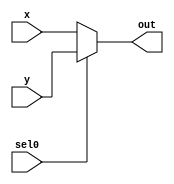
// 2-to-1 MUX
// for shifting control
module mux_21(out, x, y, sel0);
    output out;
    input  x, y, sel0;

    reg out;

    always @(x or y or sel0) begin
        if      (sel0 == 0) out = x;
        else if (sel0 == 1) out = y;
        else                out = 1'bx;
    end        
endmodule

// 3-to-1 MUX
// for shifting parameters
module mux_31(out, x, y, z, sel0, sel1);
    output out;
    
    // input x, y, z
    // sel0 for x | (y, z) -- shift on/off
    // sel1 for y , z      -- shifting direction
    input  x, y, z, sel0, sel1;
     
    reg    out;
     
    always @(x or y or z or sel0 or sel1) begin
        if (sel1 == 0) begin
           if      (sel0 == 0) out = x;
           else if (sel0 == 1) out = y;
           else                out = 1'bx;
        end
        else if (sel1 == 1) begin
            if      (sel0 == 0) out = x;
            else if (sel0 == 1) out = z;
            else                out = 1'bx;
        end
        else out = 1'bx;
    end
endmodule

// 16bit left/right shifter
// out:    output
// x:      input
// shift:  amount of shift
// as:     arith/logic shift switch
// dir:    direction 0=left otherwise right
// rotate: enable/disable rotate
module shifter_16b_top(out, x, shift, as, dir, rotate);
    output [15:0] out;
    
    input  [15:0] x;
    input  [3:0]  shift;
    input  as, dir, rotate;
    
    // wires for each shift/rotate selection
    wire   [1:0]  s1_m;
    wire   [3:0]  s2_m;
    wire   [7:0]  s3_m;

    // wires for each mux31 stage
    wire   [15:0] s1, s2, s3, out;
    
    // begin generation
    genvar idx;
    
    // MUX Stage 1
    mux_21 m21_1asr (.out(s1_m[0]), .x(1'b0), .y(x[15]), .sel0(rotate));
    mux_31 m31_1a   (.out(s1[0]),   .x(x[0]), .y(s1_m[0]), .z(x[1]), .sel0(shift[0]), .sel1(dir));
    
    generate
       for (idx = 1; idx < 15; idx = idx + 1) begin : mux_s1
             mux_31 _m31(.out(s1[idx]), .x(x[idx]), .y(x[idx-1]), .z(x[idx+1]), .sel0(shift[0]), .sel1(dir)); 
         end
    endgenerate
    
    mux_21 m21_1bsr (.out(s1_m[1]), .x(as) , .y(x[0]),  .sel0(rotate));
    mux_31 m31_1b   (.out(s1[15]) , .x(x[15]), .y(x[14]), .z(s1_m[1]), .sel0(shift[0]), .sel1(dir));
    
    // MUX Stage 2
    mux_21 m21_2asr(.out(s2_m[0]), .x(1'b0), .y(s1[14]), .sel0(rotate));
    mux_31 m31_2a  (.out(s2[0]), .x(s1[0]), .y(1'b0), .z(s1[2]), .sel0(shift[1]), .sel1(dir));
    
    mux_31 m31_2b(.out(s2[1]), .x(s1[1]), .y(1'b0), .z(s1[3]), .sel0(shift[1]), .sel1(dir));
    
    generate
       for (idx = 2; idx < 14; idx = idx + 1) begin : mux_s2
             mux_31 _m31(.out(s2[idx]), .x(s1[idx]), .y(s1[idx-2]), .z(s1[idx+2]), .sel0(shift[1]), .sel1(dir)); 
         end
    endgenerate
    
    mux_31 m31_2c(.out(s2[14]), .x(s1[14]), .y(s1[12]), .z(1'b1), .sel0(shift[1]), .sel1(dir));
    mux_31 m31_2d(.out(s2[15]), .x(s1[15]), .y(s1[13]), .z(1'b1), .sel0(shift[1]), .sel1(dir));
    
    // MUX Stage 3
    mux_31 m31_3a(.out(s3[0]), .x(s2[0]), .y(1'b0), .z(s2[4]), .sel0(shift[2]), .sel1(dir));
    mux_31 m31_3b(.out(s3[1]), .x(s2[1]), .y(1'b0), .z(s2[5]), .sel0(shift[2]), .sel1(dir));
    mux_31 m31_3c(.out(s3[2]), .x(s2[2]), .y(1'b0), .z(s2[6]), .sel0(shift[2]), .sel1(dir));
    mux_31 m31_3d(.out(s3[3]), .x(s2[3]), .y(1'b0), .z(s2[7]), .sel0(shift[2]), .sel1(dir));
    
    generate
       for (idx = 4; idx < 12; idx = idx + 1) begin : mux_s3
             mux_31 _m31(.out(s3[idx]), .x(s2[idx]), .y(s2[idx-4]), .z(s2[idx+4]), .sel0(shift[2]), .sel1(dir)); 
         end
    endgenerate
    
    mux_31 m31_3e(.out(s3[12]), .x(s2[12]), .y(s2[8]),  .z(1'b1), .sel0(shift[2]), .sel1(dir));
    mux_31 m31_3f(.out(s3[13]), .x(s2[13]), .y(s2[9]),  .z(1'b1), .sel0(shift[2]), .sel1(dir));
    mux_31 m31_3g(.out(s3[14]), .x(s2[14]), .y(s2[10]), .z(1'b1), .sel0(shift[2]), .sel1(dir));
    mux_31 m31_3h(.out(s3[15]), .x(s2[15]), .y(s2[11]), .z(1'b1), .sel0(shift[2]), .sel1(dir));
    
    // MUX Stage 4
    mux_31 m31_4a(.out(out[0]),  .x(s3[0]),  .y(1'b0),  .z(s3[8]),  .sel0(shift[3]), .sel1(dir));
    mux_31 m31_4b(.out(out[1]),  .x(s3[1]),  .y(1'b0),  .z(s3[9]),  .sel0(shift[3]), .sel1(dir));
    mux_31 m31_4c(.out(out[2]),  .x(s3[2]),  .y(1'b0),  .z(s3[10]), .sel0(shift[3]), .sel1(dir));
    mux_31 m31_4d(.out(out[3]),  .x(s3[3]),  .y(1'b0),  .z(s3[11]), .sel0(shift[3]), .sel1(dir));
    mux_31 m31_4e(.out(out[4]),  .x(s3[4]),  .y(1'b0),  .z(s3[12]), .sel0(shift[3]), .sel1(dir));
    mux_31 m31_4f(.out(out[5]),  .x(s3[5]),  .y(1'b0),  .z(s3[13]), .sel0(shift[3]), .sel1(dir));
    mux_31 m31_4g(.out(out[6]),  .x(s3[6]),  .y(1'b0),  .z(s3[14]), .sel0(shift[3]), .sel1(dir));
    mux_31 m31_4h(.out(out[7]),  .x(s3[7]),  .y(1'b0),  .z(s3[15]), .sel0(shift[3]), .sel1(dir));
    
    mux_31 m31_4i(.out(out[8]),  .x(s3[8]),  .y(s3[0]), .z(1'b1),   .sel0(shift[3]), .sel1(dir));
    mux_31 m31_4j(.out(out[9]),  .x(s3[9]),  .y(s3[1]), .z(1'b1),   .sel0(shift[3]), .sel1(dir));
    mux_31 m31_4k(.out(out[10]), .x(s3[10]), .y(s3[2]), .z(1'b1),   .sel0(shift[3]), .sel1(dir));
    mux_31 m31_4l(.out(out[11]), .x(s3[11]), .y(s3[3]), .z(1'b1),   .sel0(shift[3]), .sel1(dir));
    mux_31 m31_4m(.out(out[12]), .x(s3[12]), .y(s3[4]), .z(1'b1),   .sel0(shift[3]), .sel1(dir));
    mux_31 m31_4n(.out(out[13]), .x(s3[13]), .y(s3[5]), .z(1'b1),   .sel0(shift[3]), .sel1(dir));
    mux_31 m31_4o(.out(out[14]), .x(s3[14]), .y(s3[6]), .z(1'b1),   .sel0(shift[3]), .sel1(dir));
    mux_31 m31_4p(.out(out[15]), .x(s3[15]), .y(s3[7]), .z(1'b1),   .sel0(shift[3]), .sel1(dir));
    
endmodule